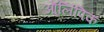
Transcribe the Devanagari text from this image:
ऑ्लिंपिक